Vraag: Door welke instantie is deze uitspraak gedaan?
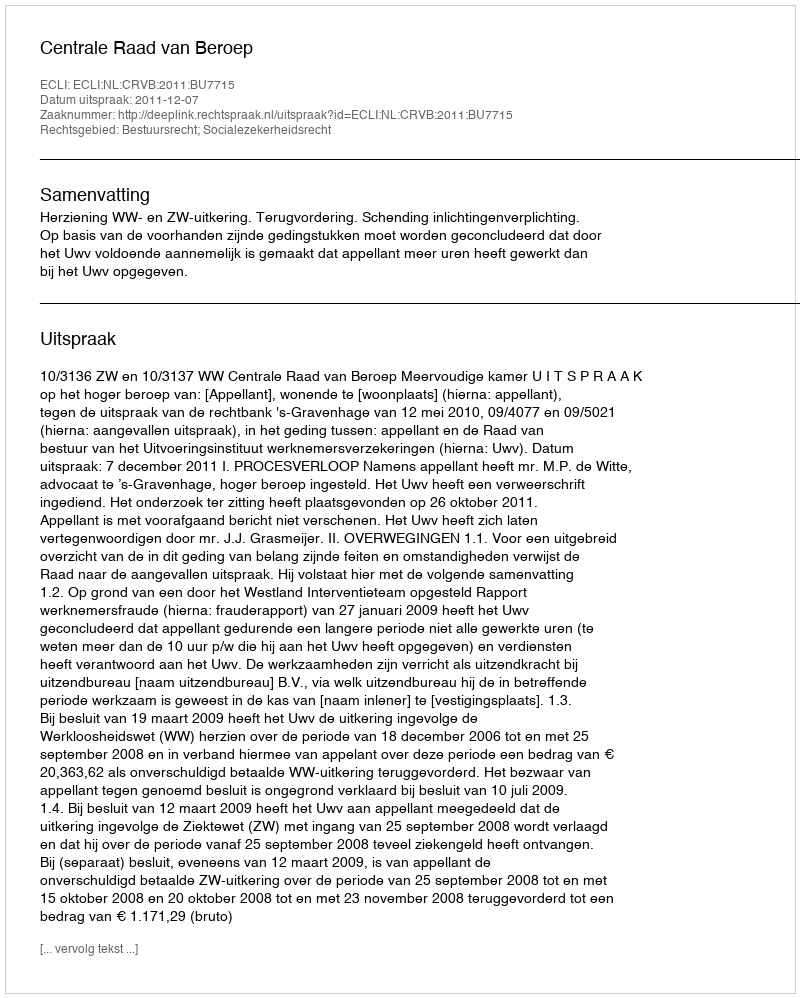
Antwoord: Centrale Raad van Beroep